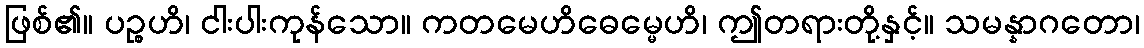
ဖြစ်၏။ ပဉ္စဟိ၊ ငါးပါးကုန်သော။ ကတမေဟိဓေမ္မေဟိ၊ ဤတရားတို့နှင့်။ သမန္နာဂတော၊